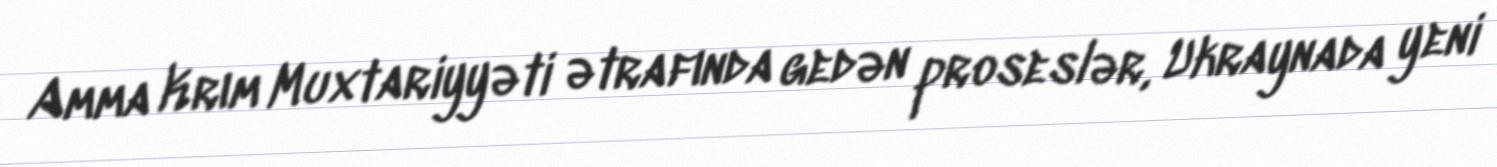
Amma Krım Muxtariyyəti ətrafında gedən proseslər, Ukraynada yeni